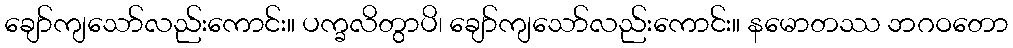
ချော်ကျသော်လည်းကောင်း။ ပက္ခလိတွာပိ၊ ချော်ကျသော်လည်းကောင်း။ နမောတဿ ဘဂဝတော